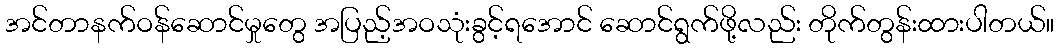
အင်တာနက်ဝန်ဆောင်မှုတွေ အပြည့်အဝသုံးခွင့်ရအောင် ဆောင်ရွက်ဖို့လည်း တိုက်တွန်းထားပါတယ်။